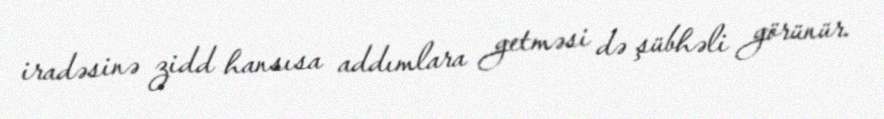
iradəsinə zidd hansısa addımlara getməsi də şübhəli görünür.